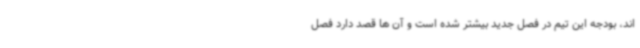
اند، بودجه این تیم در فصل جدید بیشتر شده است و آن ها قصد دارد فصل